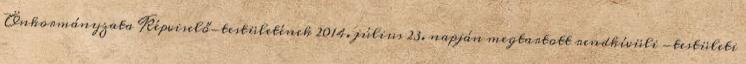
Önkormányzata Képviselő-testületének 2014. július 23. napján megtartott rendkívüli -testületi